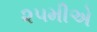
૨૫મીએ